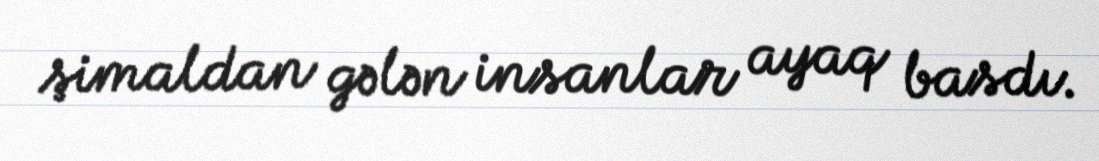
şimaldan gələn insanlar ayaq basdı.